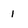
Character: 1